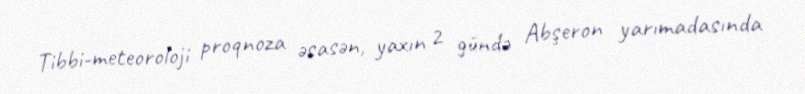
Tibbi-meteoroloji proqnoza əsasən, yaxın 2 gündə Abşeron yarımadasında